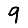
Digit: 9